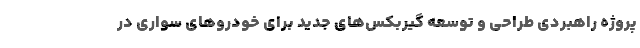
پروژه راهبردی طراحی و توسعه گیربکس‌های جدید برای خودروهای سواری در